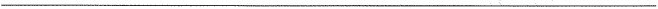
___